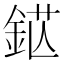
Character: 𨦵